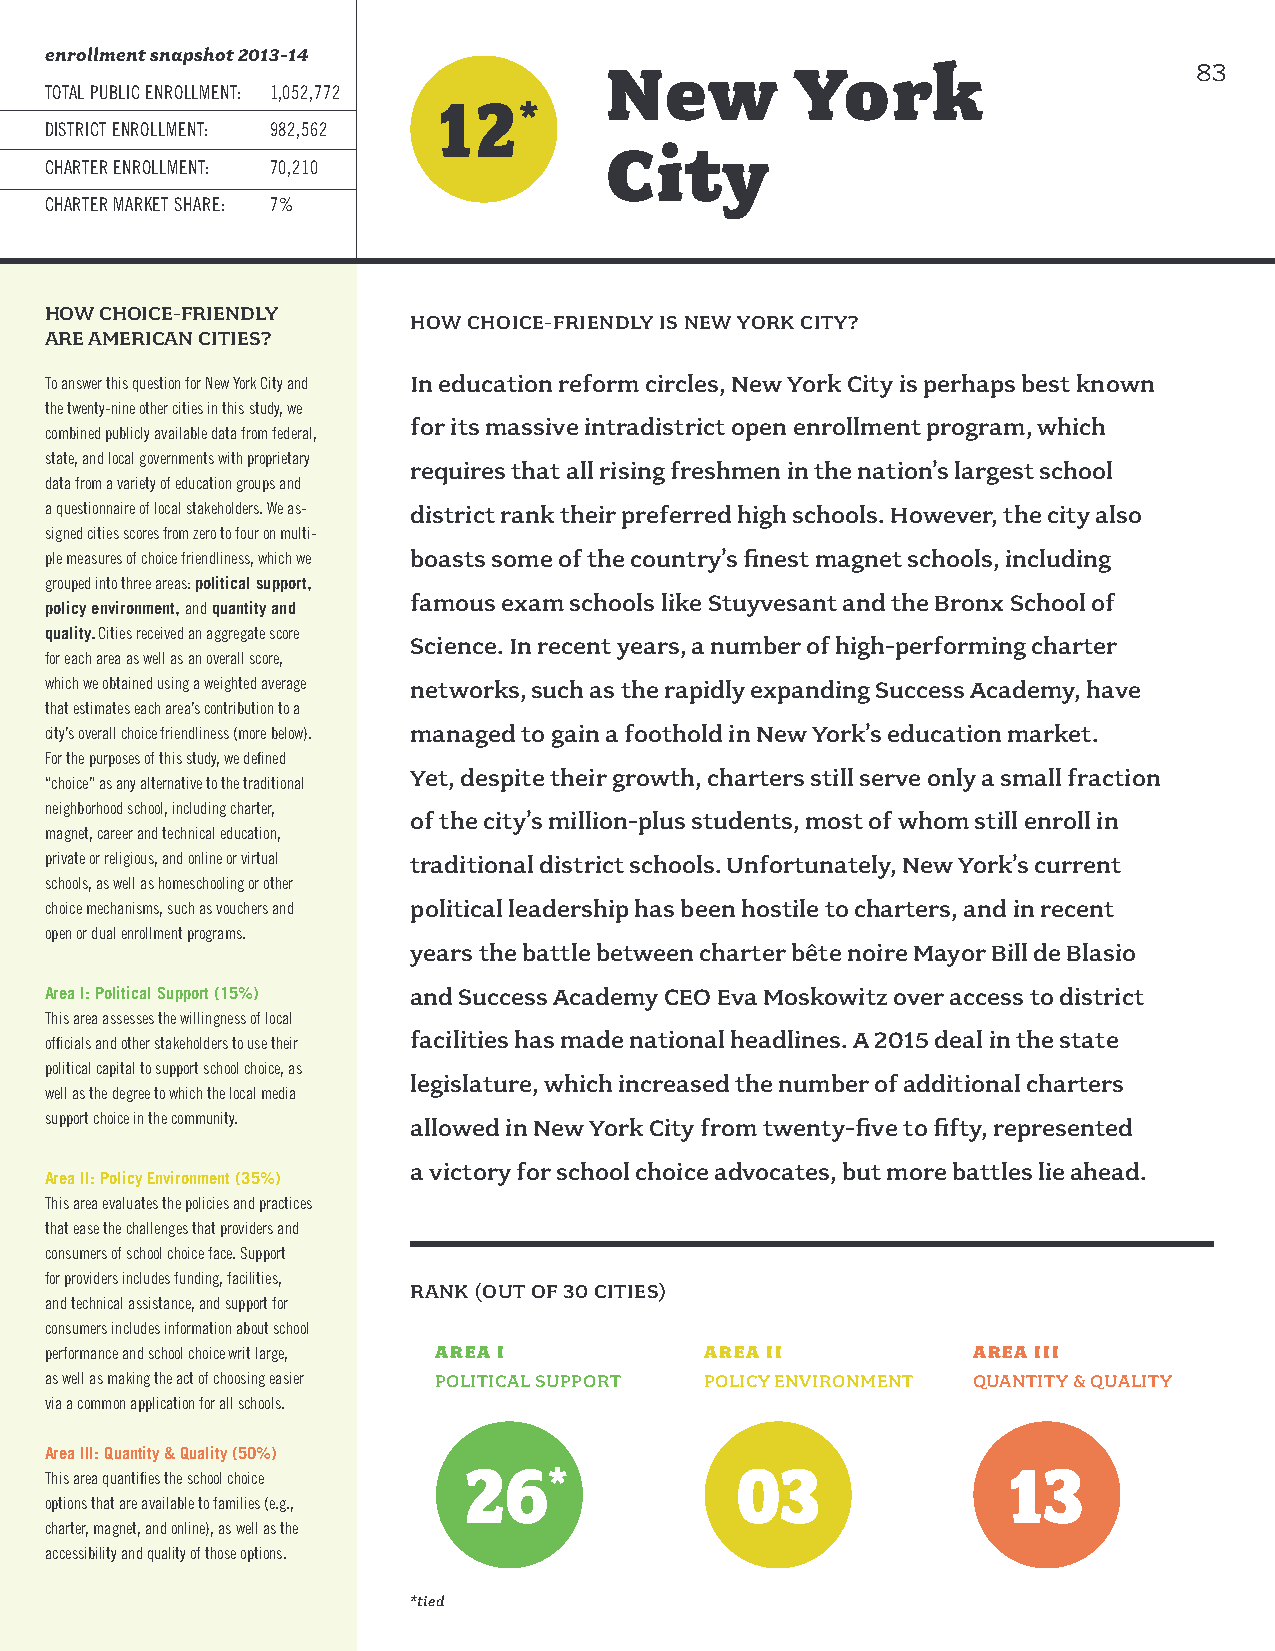
enrollment snapshot 2013-14
 New          York                      83
 TOTAL PUBLIC ENROLLMENT: 1,052,772
 12
 *
 DISTRICT ENROLLMENT: 982,562
 City
 CHARTER ENROLLMENT: 70,210
 CHARTER MARKET SHARE: 7%
 HOW CHOICE-FRIENDLY
 HOW CHOICE-FRIENDLY IS NEW YORK CITY?
 ARE AMERICAN CITIES?
 To answer this question for New York City and In education reform circles, New York City is perhaps best known
 the twenty-nine other cities in this study, we
 for its massive intradistrict open enrollment program, which
 combined publicly available data from federal,
 state, and local governments with proprietary
 requires that all rising freshmen in the nation’s largest school
 data from a variety of education groups and
 a questionnaire of local stakeholders. We as- district rank their preferred high schools. However, the city also
 signed cities scores from zero to four on multi-
 ple measures of choice friendliness, which we boasts some of the country’s finest magnet schools, including
 grouped into three areas: political support,
 famous exam schools like Stuyvesant and the Bronx School of
 policy environment, and quantity and
 quality. Cities received an aggregate score
 Science. In recent years, a number of high-performing charter
 for each area as well as an overall score,
 which we obtained using a weighted average networks, such as the rapidly expanding Success Academy, have
 that estimates each area’s contribution to a
 city’s overall choice friendliness (more below). managed to gain a foothold in New York’s education market.
 For the purposes of this study, we defined
 Yet, despite their growth, charters still serve only a small fraction
 “choice” as any alternative to the traditional
 neighborhood school, including charter,
 of the city’s million-plus students, most of whom still enroll in
 magnet, career and technical education,
 private or religious, and online or virtual traditional district schools. Unfortunately, New York’s current
 schools, as well as homeschooling or other
 choice mechanisms, such as vouchers and political leadership has been hostile to charters, and in recent
 open or dual enrollment programs.
 years the battle between charter bête noire Mayor Bill de Blasio
 Area I: Political Support (15%) and Success Academy CEO Eva Moskowitz over access to district
 This area assesses the willingness of local
 facilities has made national headlines. A 2015 deal in the state
 officials and other stakeholders to use their
 political capital to support school choice, as
 legislature, which increased the number of additional charters
 well as the degree to which the local media
 support choice in the community. allowed in New York City from twenty-five to fifty, represented
 a victory for school choice advocates, but more battles lie ahead.
 Area II: Policy Environment (35%)
 This area evaluates the policies and practices
 that ease the challenges that providers and
 consumers of school choice face. Support
 for providers includes funding, facilities,
 RANK (OUT OF 30 CITIES)
 and technical assistance, and support for
 consumers includes information about school
 performance and school choice writ large, AREA I AREA II     AREA III
 as well as making the act of choosing easier POLITICAL SUPPORT POLICY ENVIRONMENT QUANTITY & QUALITY
 via a common application for all schools.
 Area III: Quantity & Quality (50%)
 26                03                13
 This area quantifies the school choice *
 options that are available to families (e.g.,
 charter, magnet, and online), as well as the
 accessibility and quality of those options.
 *tied